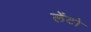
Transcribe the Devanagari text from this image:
लेंटो